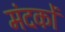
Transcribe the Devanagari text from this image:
मंदकों